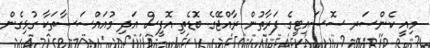
މިއީ ކެންސަރ ސޮސައިޓީގެ ފަރާތުން ރާއްޖޭގެ ބޮޑެތި އޮފީސް އަދި މުއައްސަސާތަކާ ގުޅިގެން